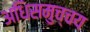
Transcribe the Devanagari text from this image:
अधिसमुच्चय